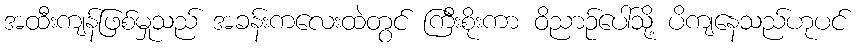
အထီးကျန်ဖြစ်မှုသည် အခန်းကလေးထဲတွင် ကြီးစိုးကာ ဝိညာဉ်ပေါ်သို့ ပိကျနေသည်ဟုပင်